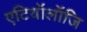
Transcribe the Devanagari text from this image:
एटियॉलॉजि